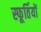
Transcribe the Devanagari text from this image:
स्फूर्तियों